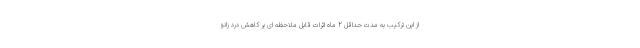
از این ترکیب به مدت حداقل 2 ماه اثرات قابل ملاحظه ای بر کاهش درد زانو